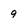
Character: 9